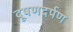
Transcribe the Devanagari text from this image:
दूषणदर्पण